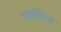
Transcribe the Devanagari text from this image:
वायव्हिल